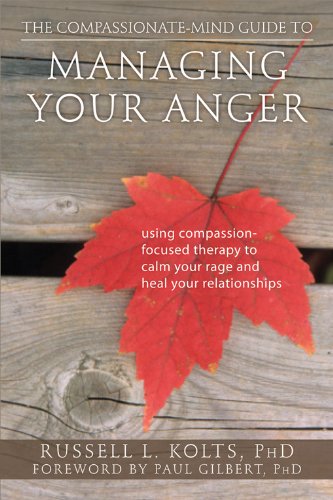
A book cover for The Compassionate-Mind Guide to Managing Your Anger: Using Compassion-Focused Therapy to Calm Your Rage and Heal Your Relationships (The New Harbinger Compassion-Focused Therapy Series); Russell Kolts; Self-Help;